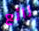
رائع